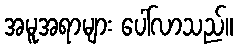
အမူအရာများ ပေါ်လာသည်။